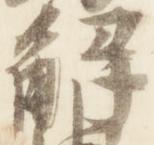
解